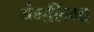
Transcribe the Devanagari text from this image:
यंगलिंगा